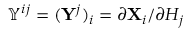
\mathbb { Y } ^ { i j } = ( \mathbf { Y } ^ { j } ) _ { i } = \partial \mathbf { X } _ { i } / \partial H _ { j }